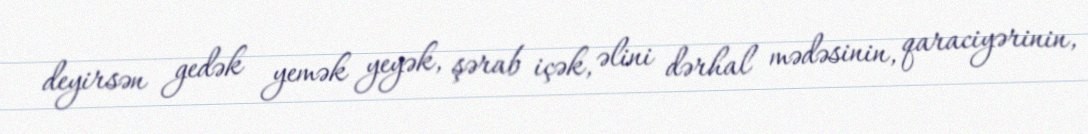
deyirsən gedək yemək yeyək, şərab içək, əlini dərhal mədəsinin, qaraciyərinin,